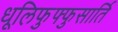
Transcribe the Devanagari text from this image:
धूलिफुफ्फुसार्ति